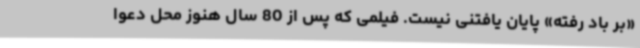
«بر باد رفته» پایان یافتنی نیست. فیلمی که پس از 80 سال هنوز محل دعوا